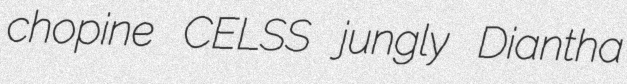
chopine CELSS jungly Diantha